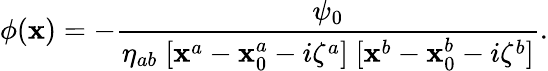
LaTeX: \phi(\mathbf{x})=-{\frac{{\psi_{0}}}{{\eta_{ab}\; [\mathbf{x}^{a}-\mathbf{x}_{0}^{a}-i\zeta^{a}]\; [\mathbf{x}^{b}-\mathbf{x}_{0}^{b}-i\zeta^{b}]}}}.